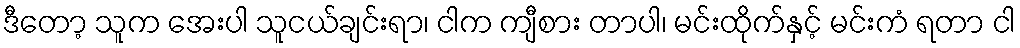
ဒီတော့ သူက အေးပါ သူငယ်ချင်းရာ၊ ငါက ကျီစား တာပါ၊ မင်းထိုက်နှင့် မင်းကံ ရတာ ငါ